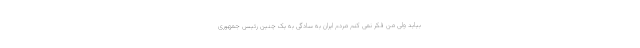
بیاید ولی من فکر نمی کنم مردم ایران به سادگی به یک چنین رئیس جمهوری